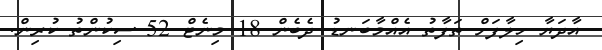
އާދަޔާ ހިލާފަށް ތަފާތު އެއްމާބަނޑު ދެބެން 18 މިނެޓް 52 ސިކުންތު ކުރިން.